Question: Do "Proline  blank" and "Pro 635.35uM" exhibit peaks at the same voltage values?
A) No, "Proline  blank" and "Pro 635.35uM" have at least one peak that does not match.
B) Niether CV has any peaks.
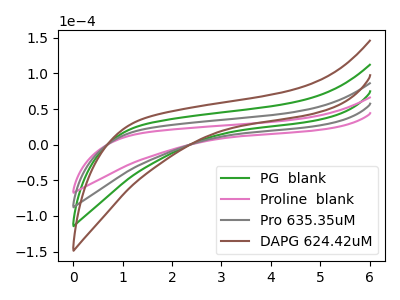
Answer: <think>The green curve "PG  blank" has no peaks. The pink curve "Proline  blank" has no peaks. The gray curve "Pro 635.35uM" has no peaks. The brown curve "DAPG 624.42uM" has no peaks.</think>
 <answer>B) Niether CV has any peaks.</answer>
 <eval>B</eval>